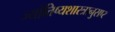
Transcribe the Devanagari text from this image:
ज्योतिष्यशास्त्रानुसार